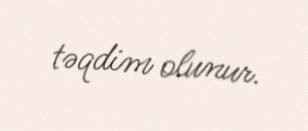
təqdim olunur.